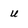
Character: U